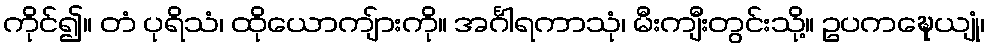
ကိုင်၍။ တံ ပုရိသံ၊ ထိုယောကျ်ားကို။ အင်္ဂါရကာသုံ၊ မီးကျီးတွင်းသို့။ ဥပကဍ္ဎေယျုံ၊